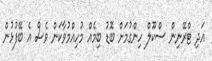
އަދި ޓްރޭނިން ސްކޫލް ހިންގުމަށް ބޮޑު ބިމެއް މުހިއްމުވާކަން ވެސް އެ ބޭފުޅުން